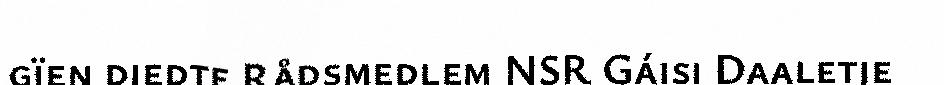
gïen diedte Rådsmedlem NSR Gáisi Daaletje